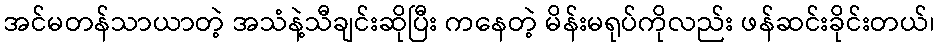
အင်မတန်သာယာတဲ့ အသံနဲ့သီချင်းဆိုပြီး ကနေတဲ့ မိန်းမရုပ်ကိုလည်း ဖန်ဆင်းခိုင်းတယ်၊